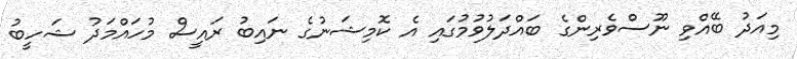
މިއަދު ބޭއްވި ނޫސްވެރިންގެ ބައްދަލުވުމުގައި އެ ކޮމިޝަނުގެ ނައިބު ރައީސް މުހައްމަދު ޝަހީބު